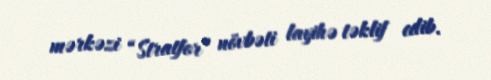
mərkəzi “Stratfor” növbəti layihə təklif edib.